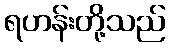
ရဟန်းတို့သည်